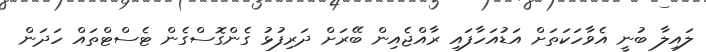
ލައިލާ ބުނީ އެވާހަކަތަށް އަޑުއަހާފައި ރާއްޖެއިން ބޭރަށް ދަރިފުޅު ގެންގޮސްގެން ޓެސްޓްތައް ހަދަން